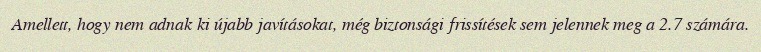
Amellett, hogy nem adnak ki újabb javításokat, még biztonsági frissítések sem jelennek meg a 2.7 számára.